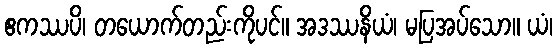
ဧကဿပိ၊ တယောက်တည်းကိုပင်။ အဒဿနိယံ၊ မပြအပ်သော။ ယံ၊